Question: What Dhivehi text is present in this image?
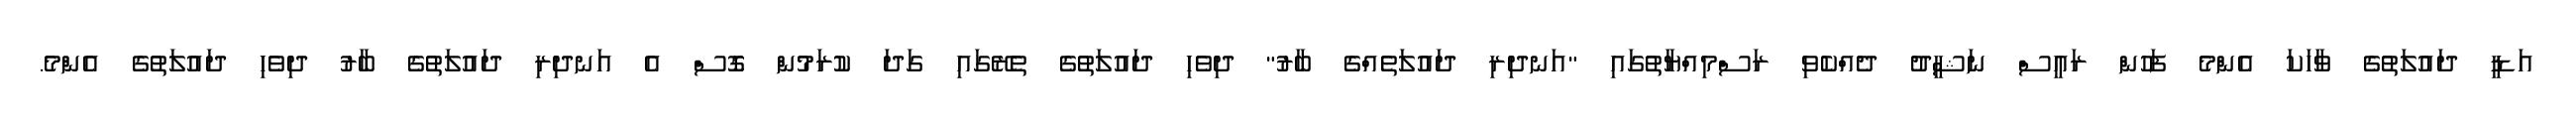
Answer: އަޑީ ދައުލަތުގެ ވާހަކަ އެންމެ ފަހުން ރައީސް ނަޝީދު ދެއްކެވި ރަސްމިއްޔާތުގައި "އަނދިރި ދައުލަތެއްގެ ބާރު" ދިވެހި ދައުލަތުގެ ތެރޭގައި ގަދަ ކުރަމުން ގޮސް އެ އަނދިރި ދައުލަތުގެ ބާރު ދިވެހި ދައުލަތުގެ އެންމެ.